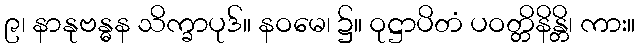
၉၊ နာနုဗန္ဓန သိက္ခာပုဒ်။ နဝမေ၊ ၌။ ဝုဋ္ဌာပိတံ ပဝတ္တိနိန္တိ၊ ကား။